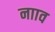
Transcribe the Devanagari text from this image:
नााव